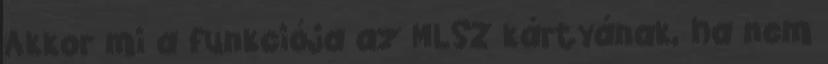
Akkor mi a funkciója az MLSZ kártyának, ha nem